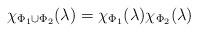
LaTeX: \begin{align*}\chi_{\Phi_1 \cup \Phi_2}(\lambda) = \chi_{\Phi_1}(\lambda)\chi_{\Phi_2}(\lambda)\end{align*}